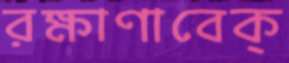
রক্ষাণাবেক্